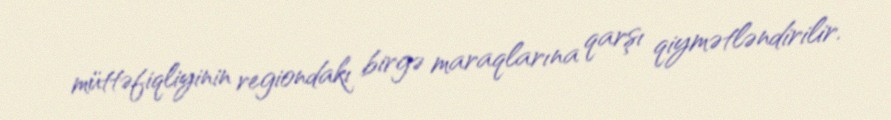
müttəfiqliyinin regiondakı birgə maraqlarına qarşı qiymətləndirilir.